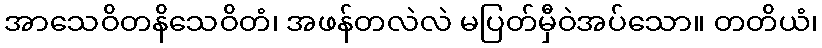
အာသေဝိတနိသေဝိတံ၊ အဖန်တလဲလဲ မပြတ်မှီဝဲအပ်သော။ တတိယံ၊